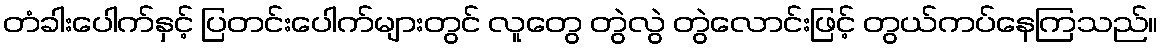
တံခါးပေါက်နှင့် ပြတင်းပေါက်များတွင် လူတွေ တွဲလွဲ တွဲလောင်းဖြင့် တွယ်ကပ်နေကြသည်။